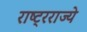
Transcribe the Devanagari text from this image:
राष्ट्रराज्ये